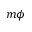
m \phi